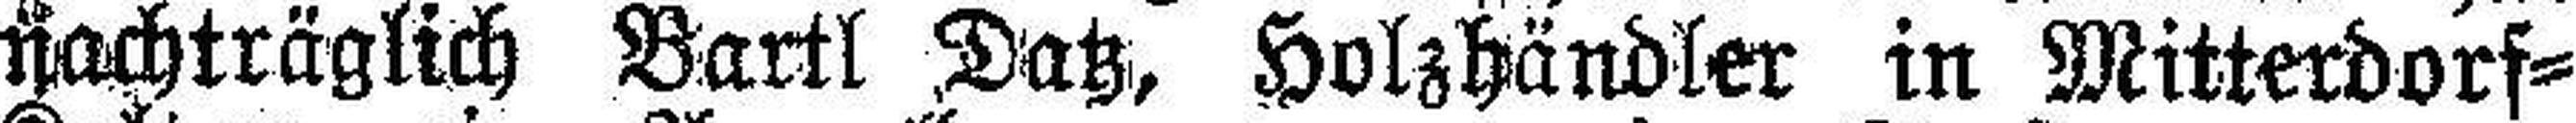
Nachträglich Bartl Datz, Holzhändler in Mitterdorf¬